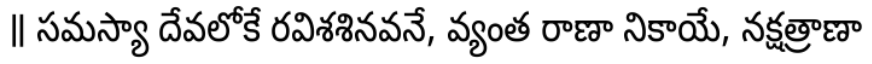
॥ సమస్యా దేవలోకే రవిశశినవనే, వ్యంత రాణా నికాయే, నక్షత్రాణా